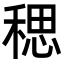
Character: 𫀼